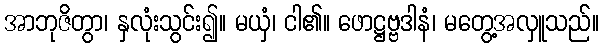
အာဘုဇိတွာ၊ နှလုံးသွင်း၍။ မယှံ၊ ငါ၏။ ဖောဋ္ဌဗ္ဗဒါနံ၊ မတွေ့အလှူသည်။